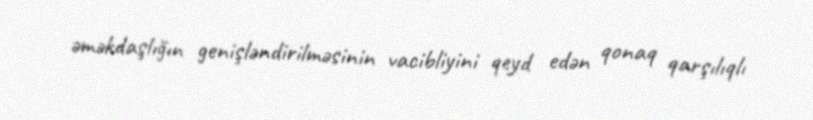
əməkdaşlığın genişləndirilməsinin vacibliyini qeyd edən qonaq qarşılıqlı